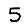
Digit: 5